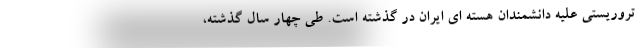
تروریستی علیه دانشمندان هسته ای ایران در گذشته است. طی چهار سال گذشته،